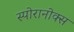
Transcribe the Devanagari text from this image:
स्पोरानोक्स